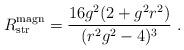
LaTeX: \begin{align*}R_{\rm str}^{\rm magn} = {16 g^2 ( 2+ g^2 r^2) \over ( r^2 g^2 -4 )^{3}}\ .\end{align*}